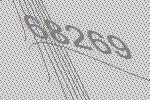
68269